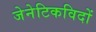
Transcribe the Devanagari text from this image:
जेनेटिकविदों